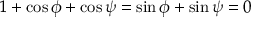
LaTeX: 1 + \cos \phi + \cos \psi = \sin \phi + \sin \psi = 0